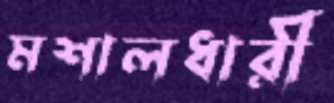
মশালধারী